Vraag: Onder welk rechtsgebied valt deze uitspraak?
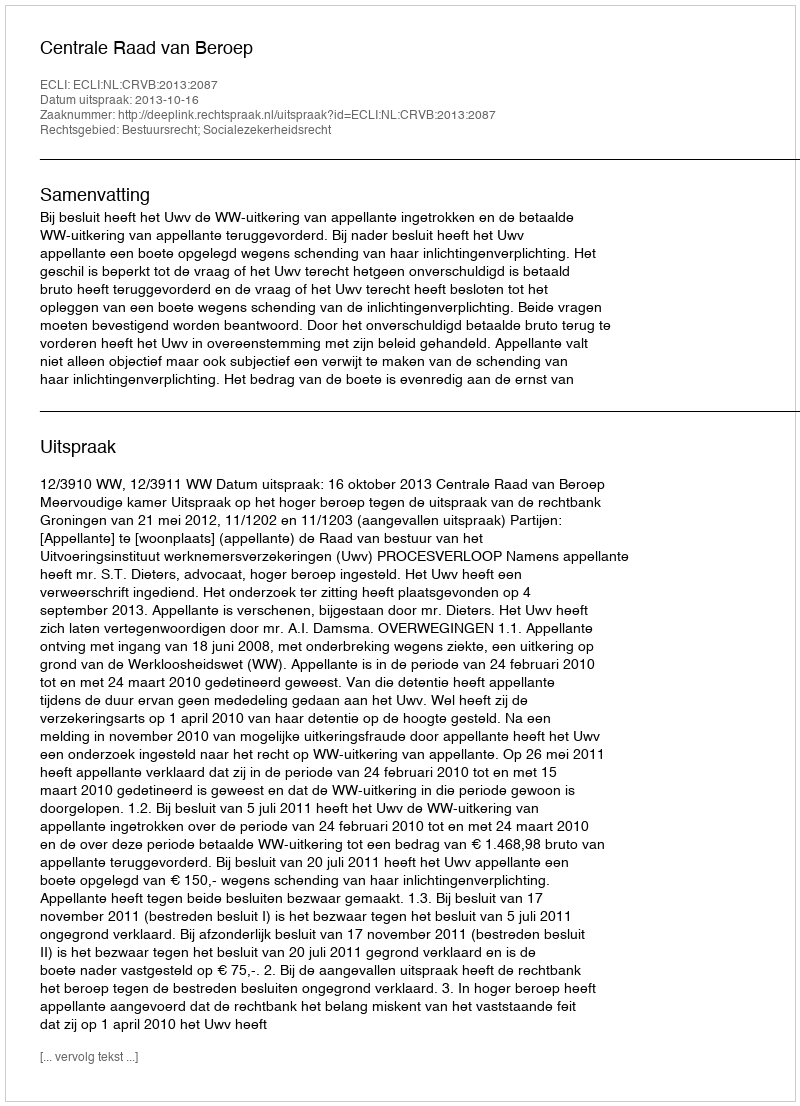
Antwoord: Bestuursrecht; Socialezekerheidsrecht